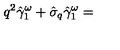
q ^ { 2 } \hat { \gamma } _ { 1 } ^ { \omega } + \hat { \sigma } _ { q } \hat { \gamma } _ { 1 } ^ { \omega } =